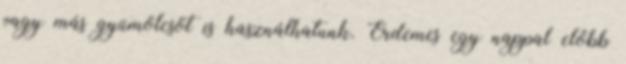
vagy más gyümölcsöt is használhatunk. Érdemes egy nappal előbb